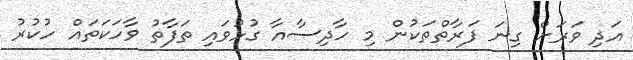
އަދި ވަރަށް ގިނަ ފަރާތްތަކުން މި ހާދިސާއާ ގުޅުވައި ތަފާތު ވާހަކަތައް ހުކުރު